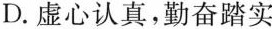
D. 虚心认真，勤奋踏实